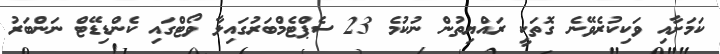
ކަމަށާއި ވަކިކުރެވޭނެ ގޮތަކީ ރައްޔިތުން ނުކުމެ 23 ސެޕްޓެމްބަރުގައިލާ ވޯޓްގައި ކެންޑިޑޭޓް ނަންބަރު